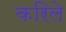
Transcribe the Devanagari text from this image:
करिले